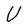
Character: U